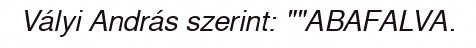
Vályi András szerint: ""ABAFALVA.